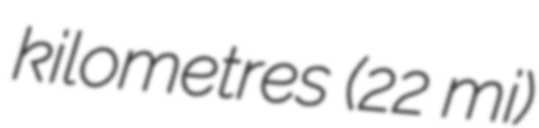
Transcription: kilometres (22 mi)